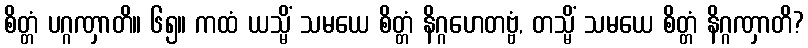
စိတ္တံ ပဂ္ဂဏှာတိ။ ၆၅။ ကထံ ယသ္မိံ သမယေ စိတ္တံ နိဂ္ဂဟေတဗ္ဗံ, တသ္မိံ သမယေ စိတ္တံ နိဂ္ဂဏှာတိ?